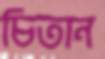
চিতান